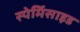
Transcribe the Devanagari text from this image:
स्पेर्मिसाइड